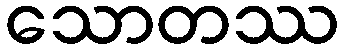
သောတဿ